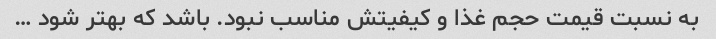
به نسبت قیمت حجم غذا و کیفیتش مناسب نبود. باشد که بهتر شود …